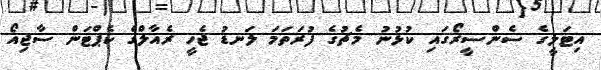
އިޓަލީގެ ސެންސީރޯގައި ކުޅުނު މެޗުގެ ފުރަތަމަ ލަނޑު ޖެހީ ރެއާލްގެ ކެޕްޓަން ސާޖިއޯ